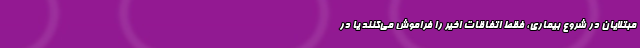
مبتلایان در شروع بیماری، فقط اتفاقات اخیر را فراموش می‌کنند یا در